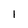
Character: 1